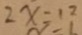
2 x = 1 2